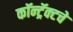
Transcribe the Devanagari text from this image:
कॉन्ट्रॅक्‍टचे